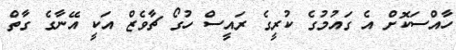
ހާއްސަކޮށް އެ ގައުމުގެ ކުރީގެ ރައީސް ހުގޯ ޗާވެޒް އަކީ އޭނާގެ ގާތް